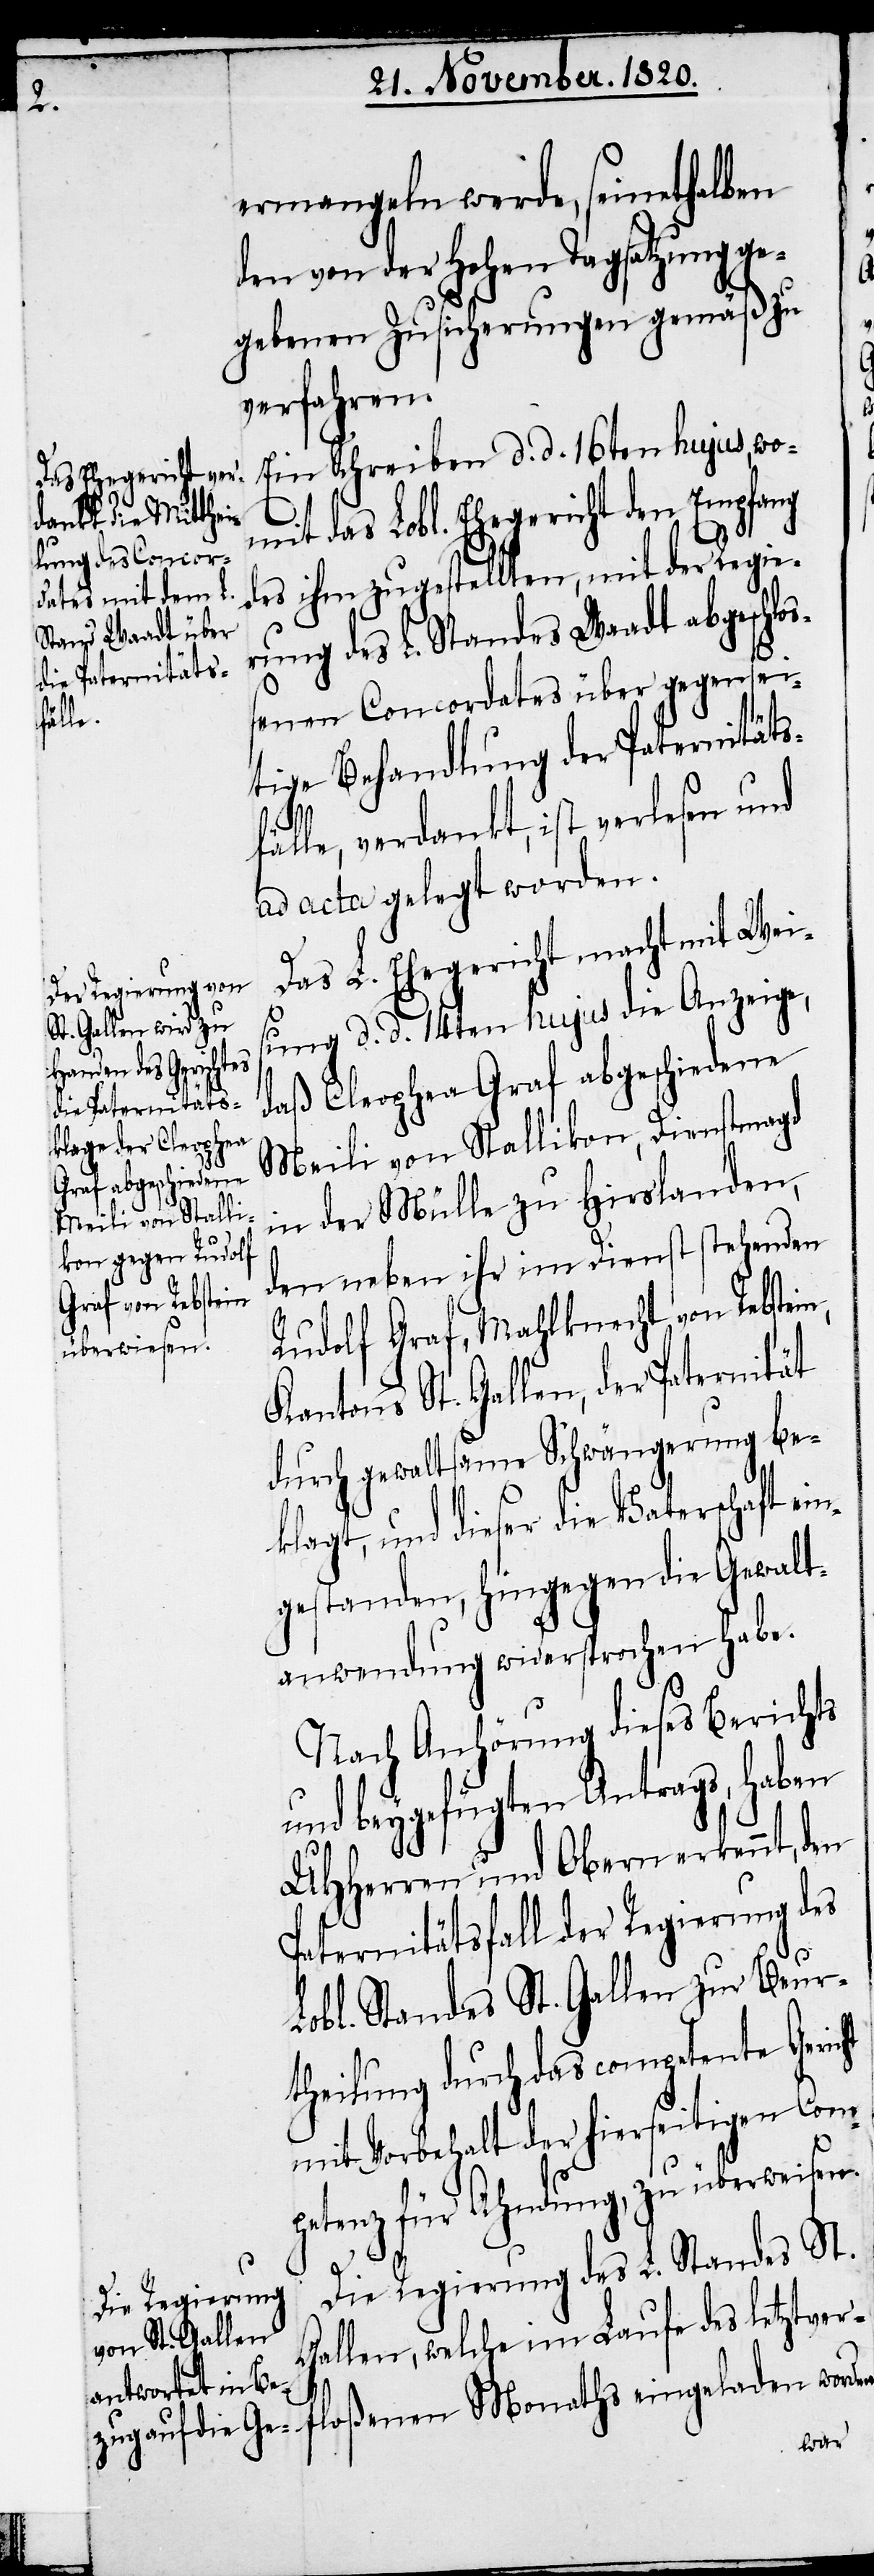
in¬

ermangeln werde, seinethalben
den von der hohen Tagsatzung ge¬
gebenen Zusicherungen gemäß zu
verfahren.
Ein Schreiben d. d. 16ten hujus, wo¬
mit das Lobl. Ehegericht den Empfang
des ihm zugestellten, mit der Regie¬
rung des L. Standes Waadt abgeschlo¬
senen Concordates über gegensei¬
tige Behandlung der Paternitäts¬
fälle, verdankt, ist verlesen und
ad acta gelegt worden.
Das L. Ehegericht macht mit Wei¬
sung d. d. 14ten hujus die Anzeige,
daß Cleophea Graf abgeschiedene
Meili von Stallikon, Dienstmagd
in der Mülle zu Hirslanden,
den neben ihr ihm Dienst stehenden
Rudolf Graf, Mahlknecht von Rebstein,
Kantons St. Gallen, der Paternität
durch gewaltsame Schwängerung be¬
klagt, und dieser die Vaterschaft e¬
gestanden, hingegen die Gewalt¬
anwendung widersprochen habe.
Nach Anhörung dieses Berichts
und beygefügten Antrags, haben
UHHerren und Obern erkennt, den
Paternitätsfall der Regierung des
Lobl. Standes St. Gallen zur Beur¬
theilung durch das competente Geric¬
mit Vorbehalt der hierseitigen Com¬
petenz für Ahndung, zu überweisen.
ht
Die Regierung des L. Standes St.
Gallen, welche im Laufe des letztverf¬
loßenen Monaths eingeladen worden